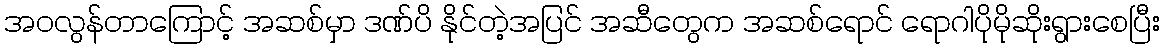
အဝလွန်တာကြောင့် အဆစ်မှာ ဒဏ်ပိ နိုင်တဲ့အပြင် အဆီတွေက အဆစ်ရောင် ရောဂါပိုမိုဆိုးရွားစေပြီး